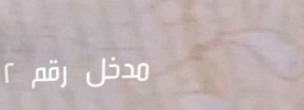
مدخل رقم ٢